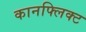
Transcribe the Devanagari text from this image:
कानफ्लिक्ट